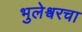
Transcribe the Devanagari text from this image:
भुलेश्वरचा